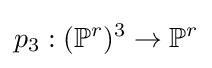
p_{3}:(\mathbb {P} ^{r})^{3}\to \mathbb {P} ^{r}